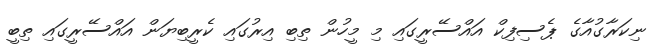
ނިކަރާގުއާގެ ޕެސިފިކް އައްސޭރީގައި މި މީހުން ތިބި އިރުގައި ކެރީބިޔަން އައްސޭރީގައި ތިބީ